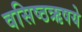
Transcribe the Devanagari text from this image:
वसिष्ठऋषये